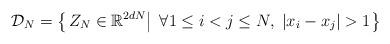
LaTeX: \begin{align*}\mathcal{D}_N = \left\{ \left. Z_N \in \mathbb{R}^{2dN} \right|\; \forall 1\leq i < j \leq N,\;|x_i - x_j| > 1 \right\}\end{align*}